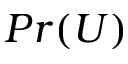
P r ( U )